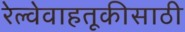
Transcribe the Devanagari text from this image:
रेल्वेवाहतूकीसाठी